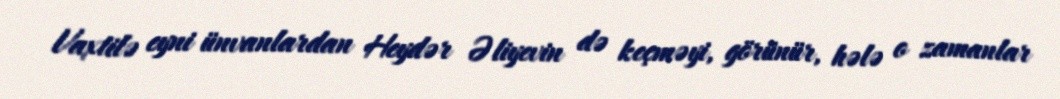
Vaxtilə eyni ünvanlardan Heydər Əliyevin də keçməyi, görünür, hələ o zamanlar